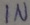
Text: IN